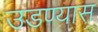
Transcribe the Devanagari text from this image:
उडण्यास